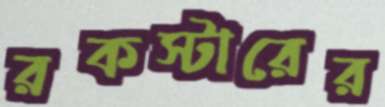
রকস্টারের